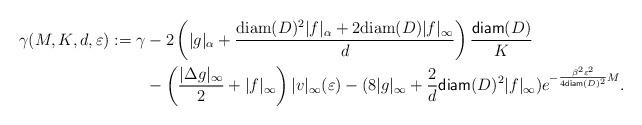
LaTeX: \begin{align*} \gamma(M,K,d,\varepsilon):= \gamma&-2\left(|g|_\alpha+\frac{{\rm diam}(D)^2|f|_\alpha+2{\rm diam}(D)|f|_\infty}{d}\right)\frac{{\sf diam}(D)}{K}\\&-\left(\frac{|\Delta g|_{\infty}}{2} + |f|_\infty \right)|v|_{\infty}(\varepsilon) - (8|g|_\infty+ \frac{2}{d}{\sf diam}(D)^2|f|_\infty)e^{-\frac{\beta^2\varepsilon^2}{4{\sf diam}(D)^2}M}.\end{align*}